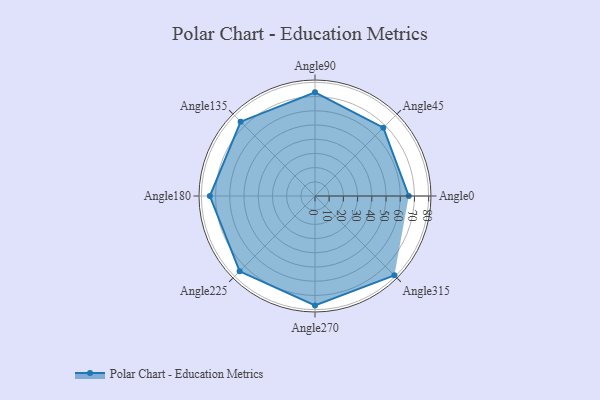
{"axis": {"x": "Angle", "y": "Radius"}, "legend": [""], "data": [{"x": "Angle0", "y": 66.0, "type": ""}, {"x": "Angle45", "y": 68.0, "type": ""}, {"x": "Angle90", "y": 73.0, "type": ""}, {"x": "Angle135", "y": 74.0, "type": ""}, {"x": "Angle180", "y": 74.0, "type": ""}, {"x": "Angle225", "y": 75.0, "type": ""}, {"x": "Angle270", "y": 77.0, "type": ""}, {"x": "Angle315", "y": 79.0, "type": ""}]}